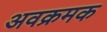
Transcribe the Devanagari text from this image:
अवक्रमक